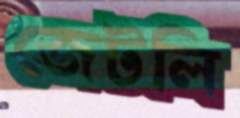
জেটলি